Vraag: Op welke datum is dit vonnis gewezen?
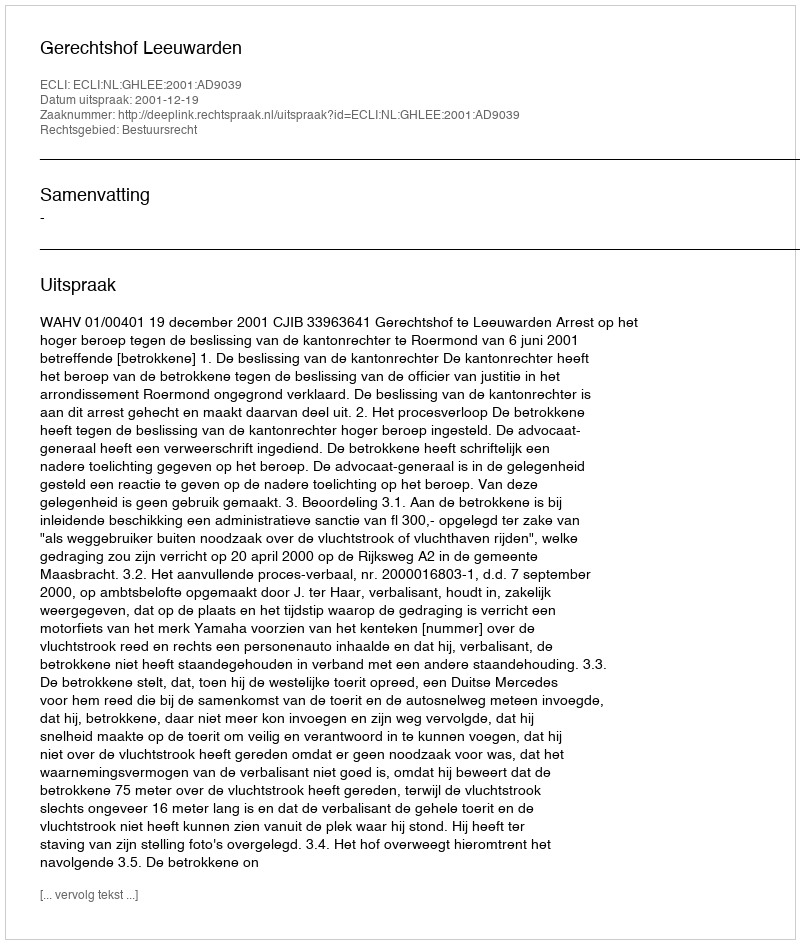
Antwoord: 2001-12-19